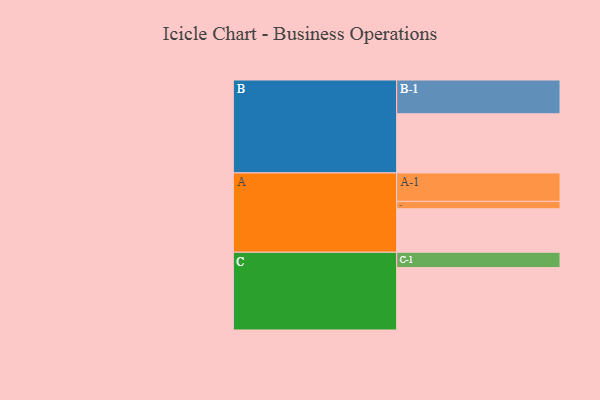
{"axis": {"x": "Segment", "y": "Value"}, "legend": ["", "A", "B", "C"], "data": [{"x": "A", "y": 358, "type": ""}, {"x": "B", "y": 487, "type": ""}, {"x": "C", "y": 514, "type": ""}, {"x": "A-1", "y": 234, "type": "A"}, {"x": "A-2", "y": 61, "type": "A"}, {"x": "B-1", "y": 278, "type": "B"}, {"x": "C-1", "y": 126, "type": "C"}]}